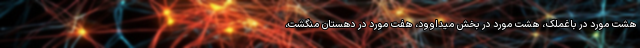
هشت مورد در باغملک، هشت مورد در بخش میداوود، هفت مورد در دهستان منگشت،